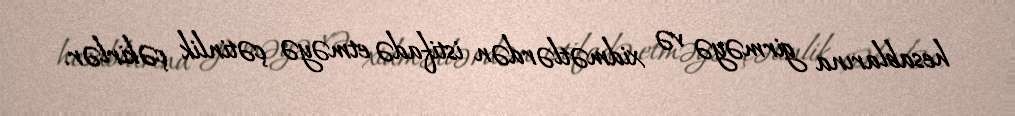
hesablarına girməyə və xidmətlərdən istifadə etməyə çətinlik çəkirlər.